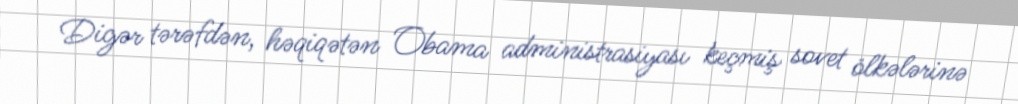
Digər tərəfdən, həqiqətən Obama administrasiyası keçmiş sovet ölkələrinə